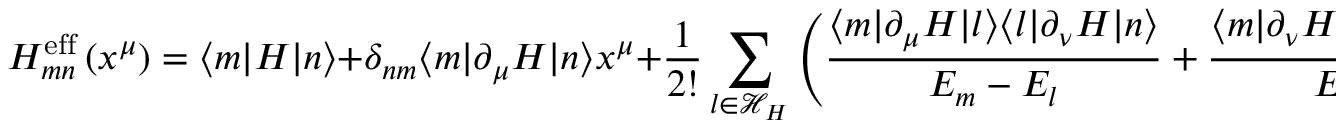
H _ { m n } ^ { \mathrm { e f f } } \left( x ^ { \mu } \right) = \langle m | H | n \rangle + \delta _ { n m } \langle m | \partial _ { \mu } H | n \rangle x ^ { \mu } + { \frac { 1 } { 2 ! } } \sum _ { l \in { \mathcal { H } } _ { H } } \left( { \frac { \langle m | \partial _ { \mu } H | l \rangle \langle l | \partial _ { \nu } H | n \rangle } { E _ { m } - E _ { l } } } + { \frac { \langle m | \partial _ { \nu } H | l \rangle \langle l | \partial _ { \mu } H | n \rangle } { E _ { n } - E _ { l } } } \right) x ^ { \mu } x ^ { \nu } + \cdots .